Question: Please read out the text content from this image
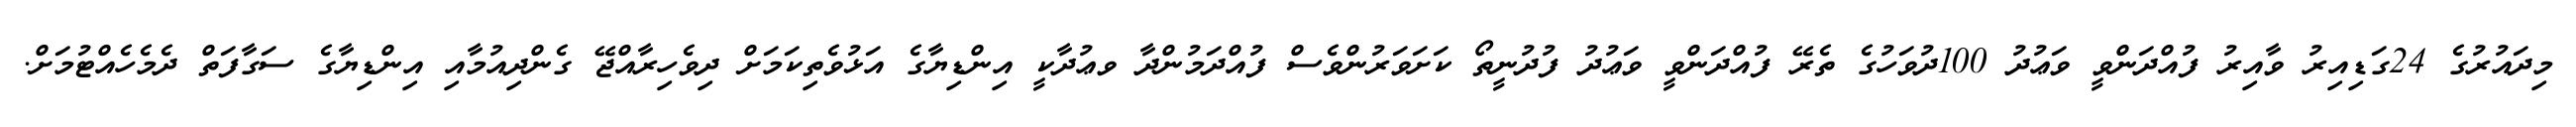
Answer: މިދައުރުގެ 24ގަޑިއިރު ވާއިރު ފުއްދަންވީ ވަޢުދު 100ދުވަހުގެ ތެރޭ ފުއްދަންވީ ވަޢުދު ފުދުނީތޯ ކަށަވަރުންވެސް ފުއްދަމުންދާ ވޢުދާކީ އިންޑިޔާގެ އަޅުވެތިކަމަށް ދިވެހިރާއްޖޭ ގެންދިއުމާއި އިންޑިޔާގެ ސަގާފަތް ދެމެހެއްޓުމަށް.